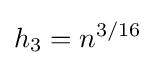
h_{3}=n^{3/16}